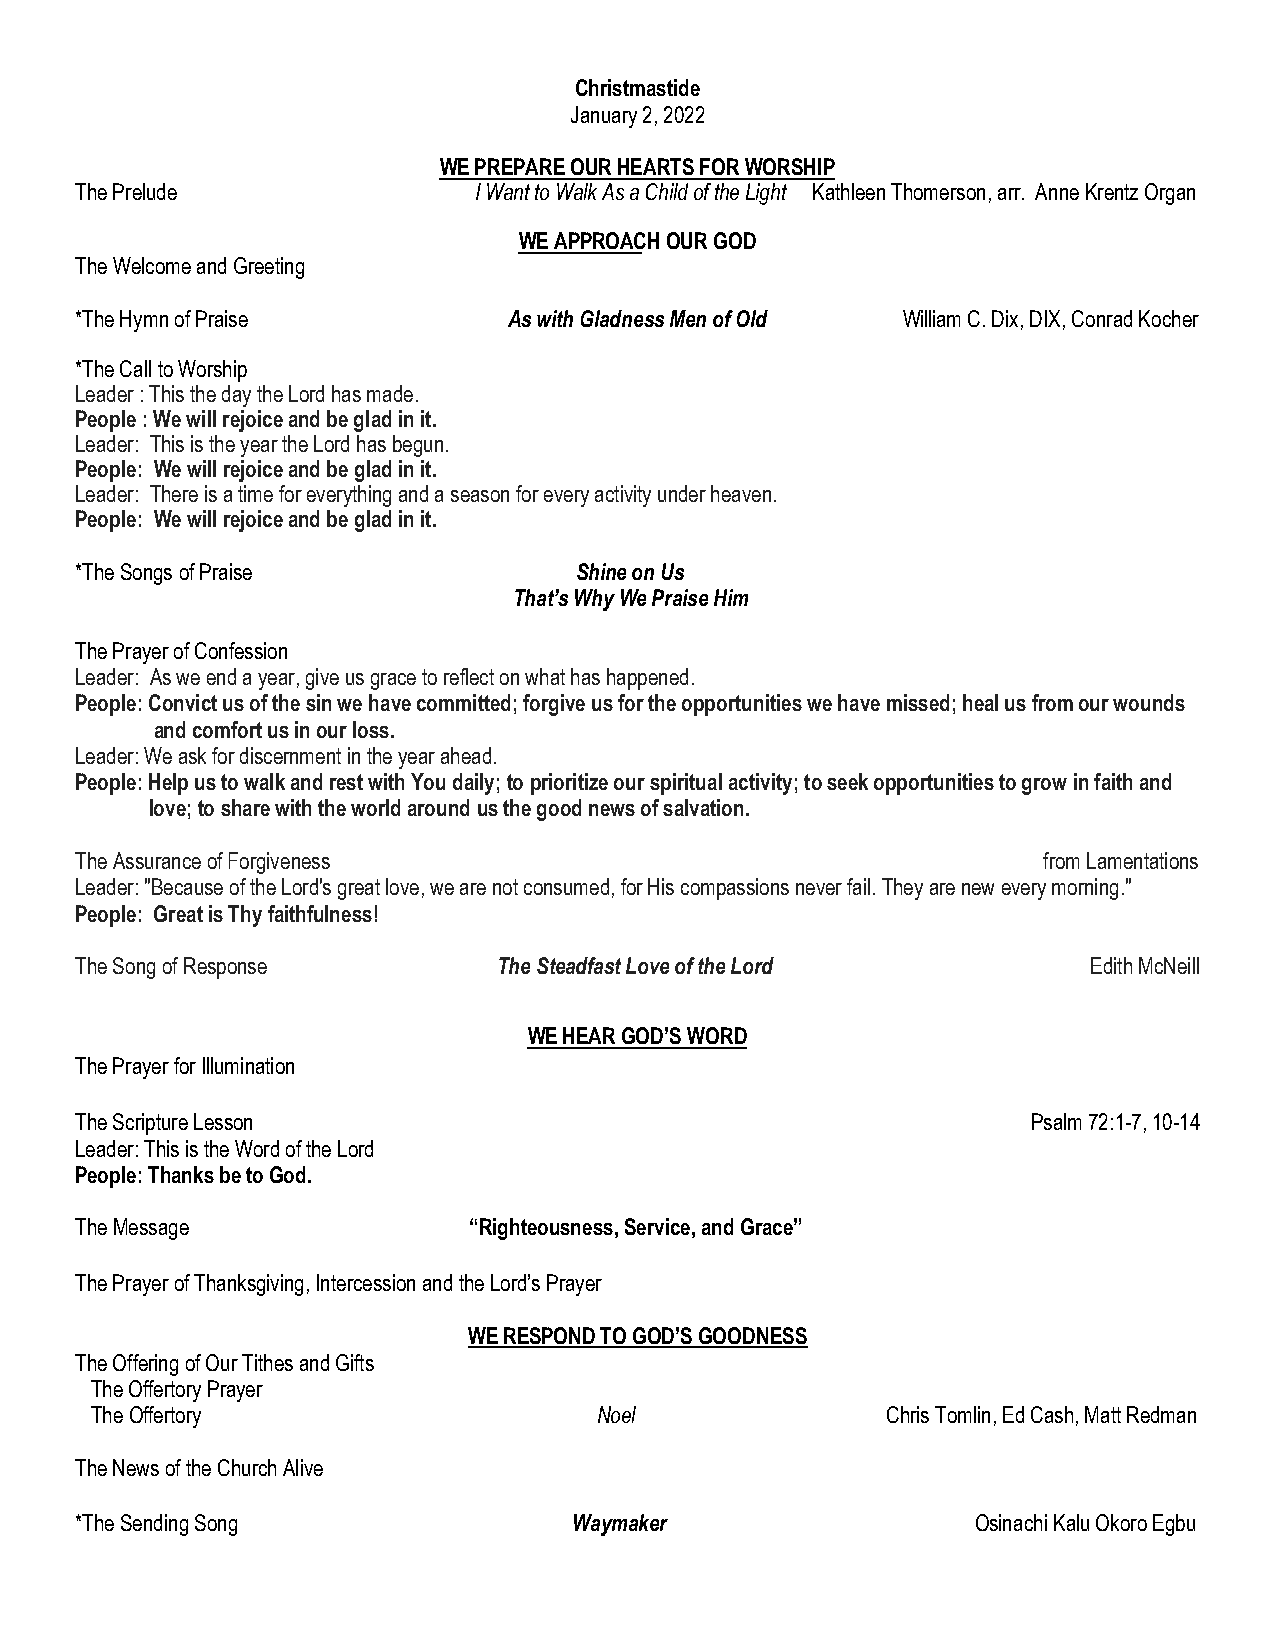
Christmastide
 January 2, 2022
 WE PREPARE OUR HEARTS FOR WORSHIP
 The Prelude               I Want to Walk As a Child of the Light Kathleen Thomerson, arr. Anne Krentz Organ
 WE APPROACH OUR GOD
 The Welcome and Greeting
 *The Hymn of Praise          As with Gladness Men of Old William C. Dix, DIX, Conrad Kocher
 *The Call to Worship
 Leader : This the day the Lord has made.
 People : We will rejoice and be glad in it.
 Leader: This is the year the Lord has begun.
 People: We will rejoice and be glad in it.
 Leader: There is a time for everything and a season for every activity under heaven.
 People: We will rejoice and be glad in it.
 *The Songs of Praise             Shine on Us
 That’s Why We Praise Him
 The Prayer of Confession
 Leader: As we end a year, give us grace to reflect on what has happened.
 People: Convict us of the sin we have committed; forgive us for the opportunities we have missed; heal us from our wounds
 and comfort us in our loss.
 Leader: We ask for discernment in the year ahead.
 People: Help us to walk and rest with You daily; to prioritize our spiritual activity; to seek opportunities to grow in faith and
 love; to share with the world around us the good news of salvation.
 The Assurance of Forgiveness                                    from Lamentations
 Leader: "Because of the Lord's great love, we are not consumed, for His compassions never fail. They are new every morning."
 People: Great is Thy faithfulness!
 The Song of Response        The Steadfast Love of the Lord         Edith McNeill
 WE HEAR GOD’S WORD
 The Prayer for Illumination
 The Scripture Lesson                                           Psalm 72:1-7, 10-14
 Leader: This is the Word of the Lord
 People: Thanks be to God.
 The Message               “Righteousness, Service, and Grace”
 The Prayer of Thanksgiving, Intercession and the Lord’s Prayer
 WE RESPOND TO GOD’S GOODNESS
 The Offering of Our Tithes and Gifts
 The Offertory Prayer
 The Offertory                    Noel                Chris Tomlin, Ed Cash, Matt Redman
 The News of the Church Alive
 *The Sending Song                Waymaker                   Osinachi Kalu Okoro Egbu